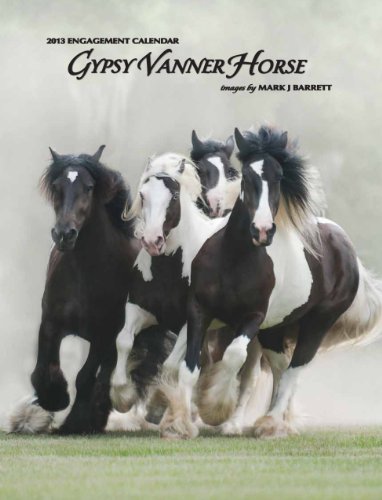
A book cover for Gypsy Vanner Horse Engagement Calendar; Calendars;